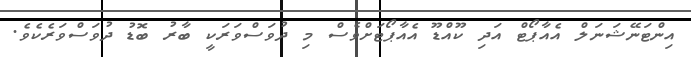
އިންޓަނޭޝަނަލް އެއާޕޯޓް އަދި ކޫއްޑޫ އެއާޕޯޓަށްވެސް މި ދުވަސްވަރަކީ ބާރު ބޮޑު ދުވަސްވަރެކެވެ.